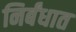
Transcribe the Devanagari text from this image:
निर्बंधात